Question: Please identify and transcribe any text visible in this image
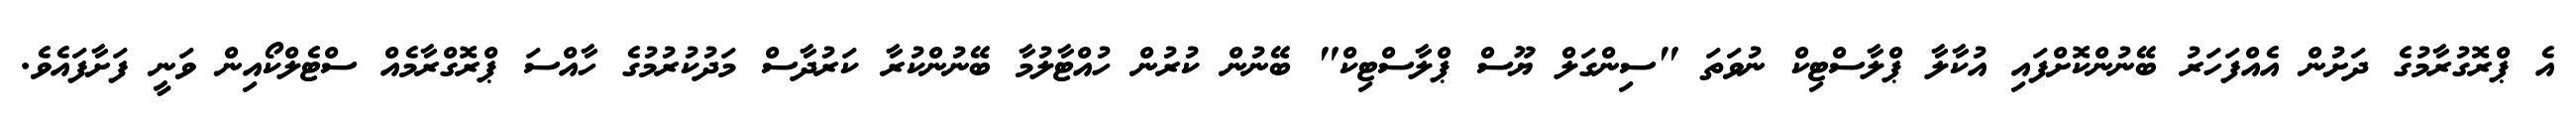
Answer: އެ ޕްރޮގުރާމުގެ ދަށުން އެއްފަހަރު ބޭނުންކޮށްފައި އުކާލާ ޕްލާސްޓިކް ނުވަތަ "ސިންގަލް ޔޫސް ޕްލާސްޓިކް" ބޭނުން ކުރުން ހުއްޓާލުމާ ބޭނުންކުރާ ކަރުދާސް މަދުކުރުމުގެ ހާއްސަ ޕްރޮގްރާމެއް ސްޓެލްކޯއިން ވަނީ ފަށާފައެވެ.